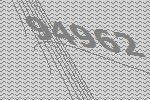
94962